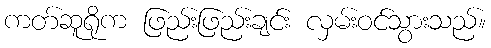
ကတ်ဆူရိုက ဖြည်းဖြည်းချင်း လှမ်းဝင်သွားသည်။